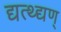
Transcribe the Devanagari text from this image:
द्यत्थ्द्यण्